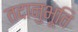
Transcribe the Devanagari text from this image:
तदानुभूति